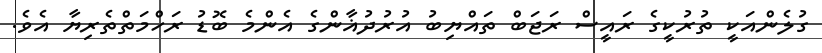
ގުލެންއަކީ ތުރުކީގެ ރައީސް ރަޖަބް ތައްޔިބު އުރުދުޣާންގެ އެންމެ ބޮޑު ރަހްމަތްތެރިޔާ އެވެ.